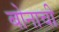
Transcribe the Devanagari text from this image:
बोनाची